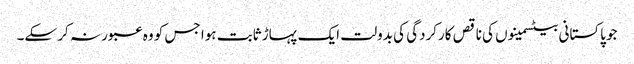
جو پاکستانی بیٹسمینوں کی ناقص کارکردگی کی بدولت ایک پہاڑ ثابت ہوا جس کو وہ عبور نہ کر سکے۔